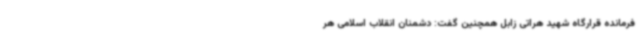
فرمانده قرارگاه شهید هراتی زابل همچنین گفت: دشمنان انقلاب اسلامی هر